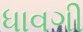
ધાવગી